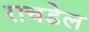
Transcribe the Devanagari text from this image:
राचडेल